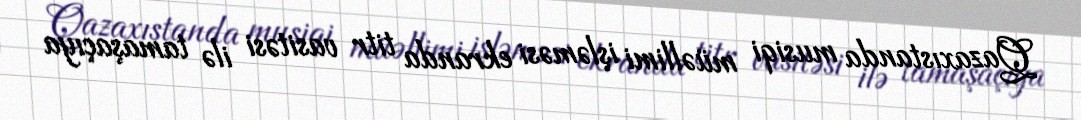
Qazaxıstanda musiqi müəllimi işləməsi ekranda titr vasitəsi ilə tamaşaçıya